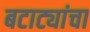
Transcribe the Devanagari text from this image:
बटाट्यांचा